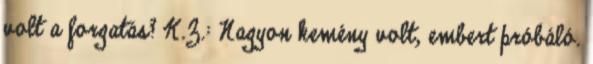
volt a forgatás? K.Z.: Nagyon kemény volt, embert próbáló.